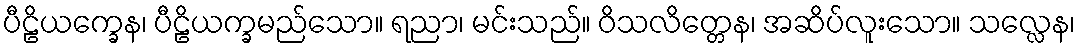
ပီဠိယက္ခေန၊ ပီဠိယက္ခမည်သော။ ရညာ၊ မင်းသည်။ ဝိသလိတ္တေန၊ အဆိပ်လူးသော။ သလ္လေန၊